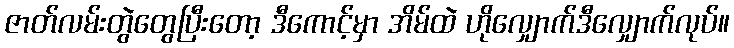
ဇာတ်လမ်းတွဲတွေပြီးတော့ ဒီကောင့်မှာ အိမ်ထဲ ဟိုလျှောက်ဒီလျှောက်လုပ်။